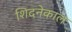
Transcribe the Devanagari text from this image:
शिदनेकाल